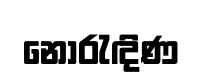
නොරැඳිණ